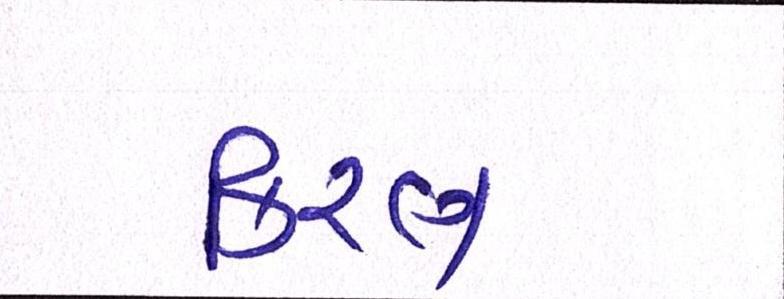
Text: કિરણ